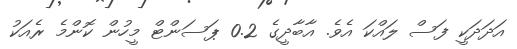
އަދަދަކީ ފަސް ލައްކަ އެވެ. އާބާދީގެ 0.2 ޕަސަންޓް މީހުން ކޮންމެ ރެއަކު